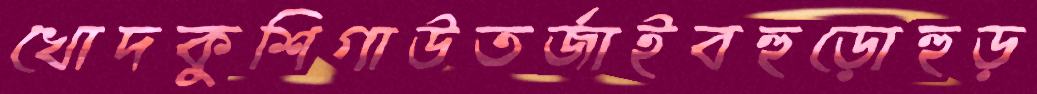
খোদকুশিগাউতর্জাইবহুড়োহুড়